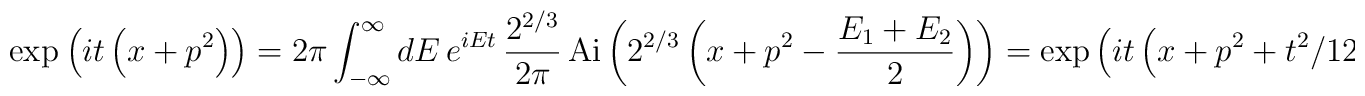
\exp_{\*} \left( it\left( x+p^{2}\right)\right) =2\pi \int_{-\infty}^{\infty }dE\,e^{iEt}\,\frac{2^{2/3}}{2\pi}\,\mathrm{Ai}\left( 2^{2/3}\left( x+p^{2}-\frac{E_{1}+E_{2}}{2}\right)\right) =\exp \left( it\left( x+p^{2}+t^{2}/12\right) \right) .